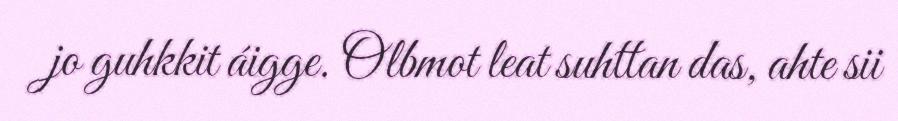
jo guhkkit áigge. Olbmot leat suhttan das, ahte sii